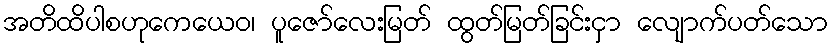
အတိထိပါစဟုကေယေဝ၊ ပူဇော်လေးမြတ် ထွတ်မြတ်ခြင်းငှာ လျောက်ပတ်သော